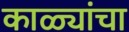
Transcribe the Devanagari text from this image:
काळ्यांचा